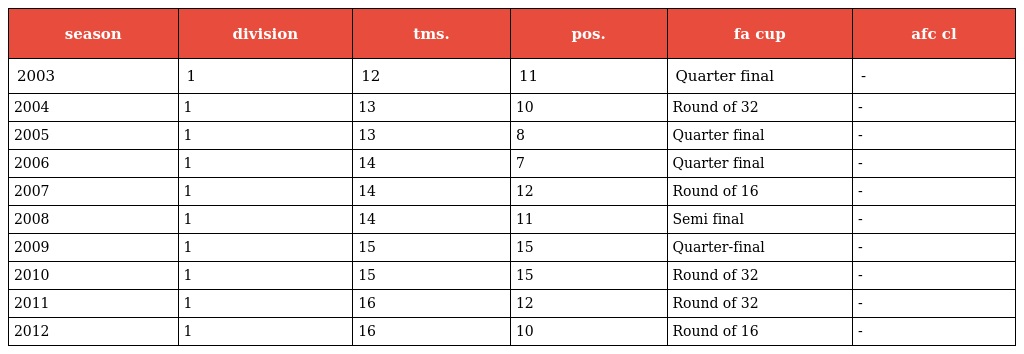
| season | division | tms. | pos. | fa cup | afc cl |
 | --- | --- | --- | --- | --- | --- |
 | 2003 | 1 | 12 | 11 | Quarter final | - |
 | 2004 | 1 | 13 | 10 | Round of 32 | - |
 | 2005 | 1 | 13 | 8 | Quarter final | - |
 | 2006 | 1 | 14 | 7 | Quarter final | - |
 | 2007 | 1 | 14 | 12 | Round of 16 | - |
 | 2008 | 1 | 14 | 11 | Semi final | - |
 | 2009 | 1 | 15 | 15 | Quarter-final | - |
 | 2010 | 1 | 15 | 15 | Round of 32 | - |
 | 2011 | 1 | 16 | 12 | Round of 32 | - |
 | 2012 | 1 | 16 | 10 | Round of 16 | - |